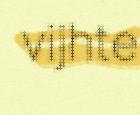
vijhte